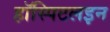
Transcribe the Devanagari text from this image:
हॉस्पिटलइन